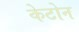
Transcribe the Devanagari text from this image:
केटोन